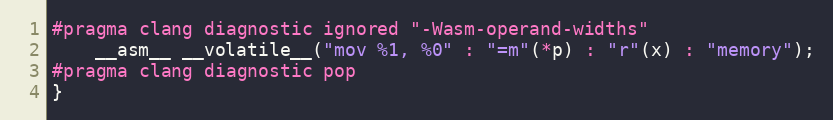
Language: C
#pragma clang diagnostic ignored "-Wasm-operand-widths"
    __asm__ __volatile__("mov %1, %0" : "=m"(*p) : "r"(x) : "memory");
#pragma clang diagnostic pop
}